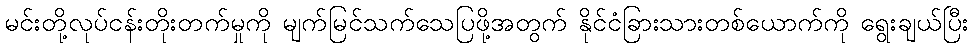
မင်းတို့လုပ်ငန်းတိုးတက်မှုကို မျက်မြင်သက်သေပြဖို့အတွက် နိုင်ငံခြားသားတစ်ယောက်ကို ရွေးချယ်ပြီး